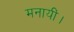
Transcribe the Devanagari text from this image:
मनायीं।